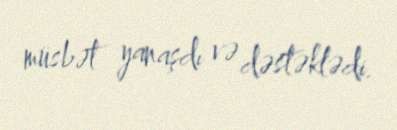
müsbət yanaşdı və dəstəklədi.